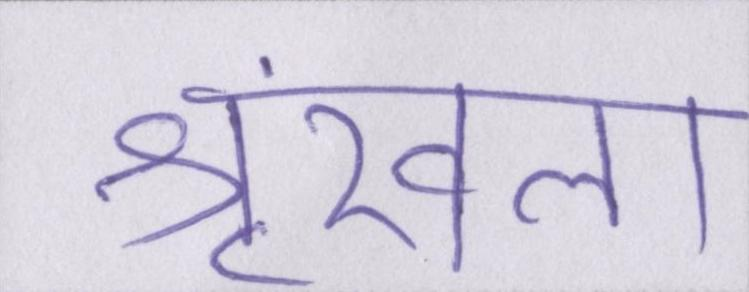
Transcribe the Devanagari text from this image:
श्रृंखला